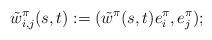
LaTeX: \begin{align*}\tilde{w}^\pi_{i,j} (s,t) := ( \tilde{w}^\pi(s,t) e_i^{\pi}, e_j^{\pi} );\end{align*}